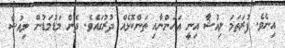
އިނެވެ. ފުރަތަމަ ލިއުޝާ އިނީ އަހަންނާއި ތަންކޮޅެއް ދުރުގައެވެ. ދެން މަޑުމަޑުން ލިއުޝާ